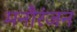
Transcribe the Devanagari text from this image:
मनौरंजन